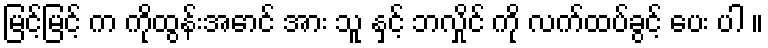
မြင့်မြင့် က ကိုထွန်းအောင် အား သူ နှင့် ဘလှိုင် ကို လက်ထပ်ခွင့် ပေး ပါ ။